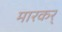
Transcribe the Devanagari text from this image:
मारकर्